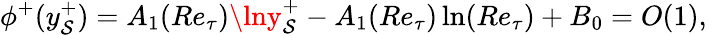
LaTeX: \phi^{+}(y_{\mathcal{S}}^{+})=A_{1}(Re_{\tau})\lny_{\mathcal{S}}^{+}-A_{1}(Re_{\tau})\ln(Re_{\tau})+B_{0}=O(1),